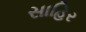
સાહિર